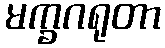
မက္ခဂရုတာ